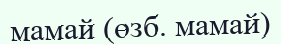
мамай (өзб. мамай)